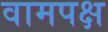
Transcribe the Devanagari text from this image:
वामपक्ष